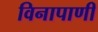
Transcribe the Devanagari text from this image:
विनापाणी